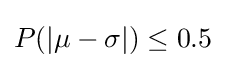
P(|\mu -\sigma |)\leq 0.5